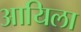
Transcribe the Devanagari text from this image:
आयिला